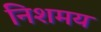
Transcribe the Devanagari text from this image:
निशमय